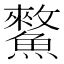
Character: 𩻯